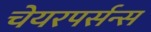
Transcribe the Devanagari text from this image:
चेयरपर्सन्स